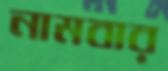
নামবার